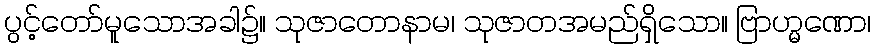
ပွင့်တော်မူသောအခါ၌။ သုဇာတောနာမ၊ သုဇာတအမည်ရှိသော။ ဗြာဟ္မဏော၊